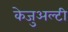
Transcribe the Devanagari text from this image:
केजुअल्टी